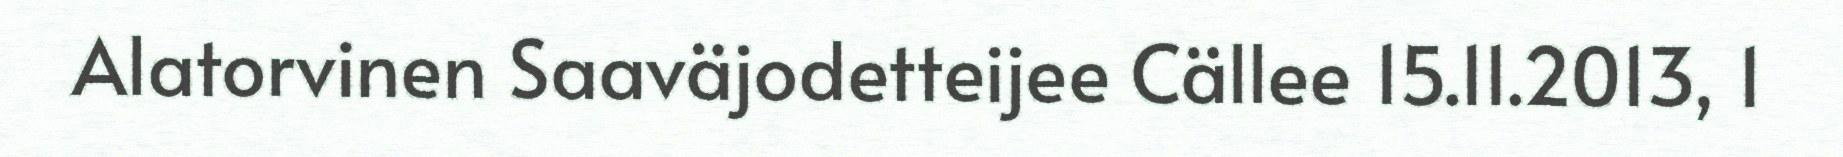
Alatorvinen Saaväjodetteijee Cällee 15.11.2013, 1